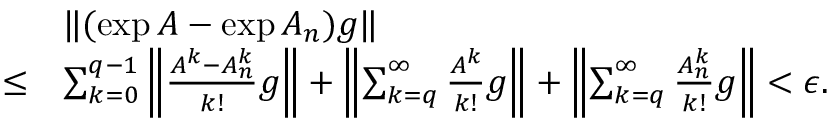
\begin{array} { r l } & { \| ( \exp A - \exp A _ { n } ) g \| } \\ { \le } & { \sum _ { k = 0 } ^ { q - 1 } \left\| \frac { A ^ { k } - A _ { n } ^ { k } } { k ! } g \right\| + \left\| \sum _ { k = q } ^ { \infty } \frac { A ^ { k } } { k ! } g \right\| + \left\| \sum _ { k = q } ^ { \infty } \frac { A _ { n } ^ { k } } { k ! } g \right\| < \epsilon . } \end{array}